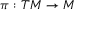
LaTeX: \pi : T M \rightarrow M